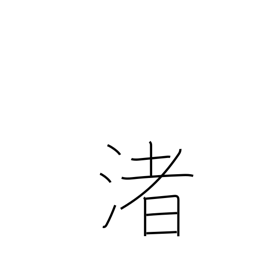
Meaning: strand